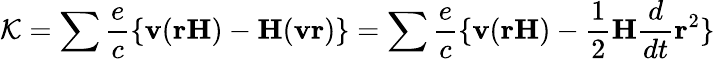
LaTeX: \mathcal{K}=\sum\frac{e}{c}\{ \textbf{v}(\textbf{rH})-\textbf{H}(\textbf{vr})\} =\sum\frac{e}{c}\{ \textbf{v}(\textbf{rH})-\frac{1}{2}\textbf{H}\frac{d}{dt}\textbf{r}^{2}\}